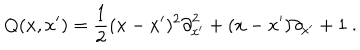
LaTeX: Q ( x , x ^ { \prime } ) = \frac { 1 } { 2 } ( x - x ^ { \prime } ) ^ { 2 } { \partial } _ { x ^ { \prime } } ^ { 2 } + ( x - x ^ { \prime } ) { \partial } _ { x ^ { \prime } } + 1 \ .